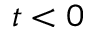
t < 0